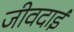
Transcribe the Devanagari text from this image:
जीवदाई